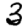
Digit: 3